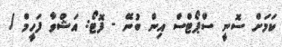
ކަމަށް ސޮނީ ސްޕޯޓްސް އިން ބުނޭ - ފޮޓޯ: އަޝްވާ ފަހީމް /